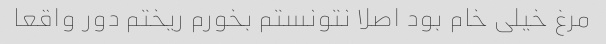
مرغ خیلی خام بود اصلا نتونستم بخورم ریختم دور واقعا